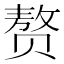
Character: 赘